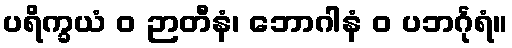
ပရိက္ခယံ ဝ ဉာတီနံ၊ ဘောဂါနံ ဝ ပဘင်္ဂုရံ။